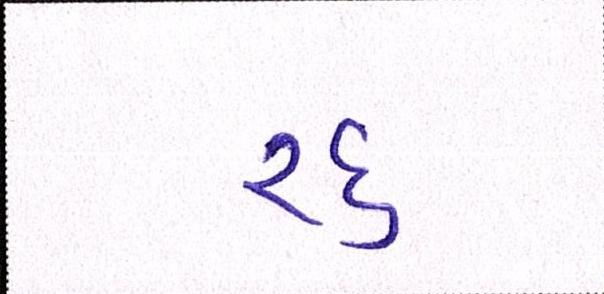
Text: રદ